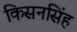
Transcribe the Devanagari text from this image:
किसनसिंह